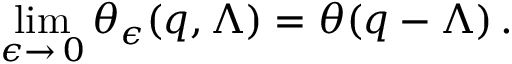
\operatorname * { l i m } _ { \epsilon \rightarrow \, 0 } \theta _ { \epsilon } ( q , \Lambda ) = \theta ( q - \Lambda ) \, .